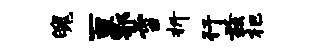
魄亘鄂雪折行兹杷